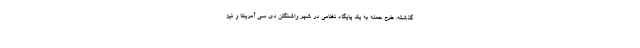
گذشته، طرح حمله به یک پایگاه نظامی در شهر واشنگتن دی سی آمریکا و نیز